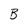
Character: B